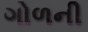
ગોળની